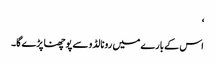
‘
اس کے بارے میں رونالڈو سے پوچھنا پڑے گا۔